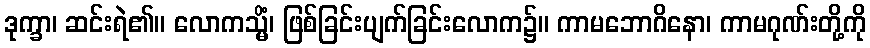
ဒုက္ခာ၊ ဆင်းရဲ၏။ လောကသ္မိံ၊ ဖြစ်ခြင်းပျက်ခြင်းလောက၌။ ကာမဘောဂိနော၊ ကာမဂုဏ်းတို့ကို